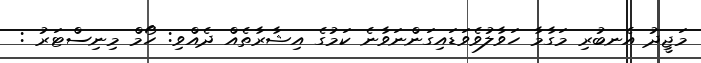
މަޖީދު އެނބުރި މަގާމާ ހަވާލުވެވަޑައިގަންނަވާނެ ކަމުގެ އިޝާރާތެއް ދެއްވި: ހޯމް މިނިސްޓަރު :